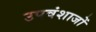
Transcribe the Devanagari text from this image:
उपवंशाजों